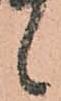
候